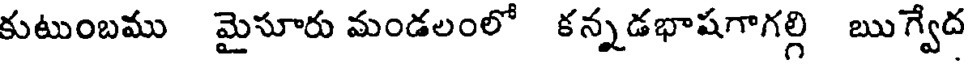
కుటుంబము మైసూరు మండలంలో కన్నడభాషగాగల్గి ఋగ్వేద